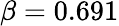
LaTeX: \beta=0.691